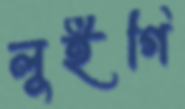
লুইগি